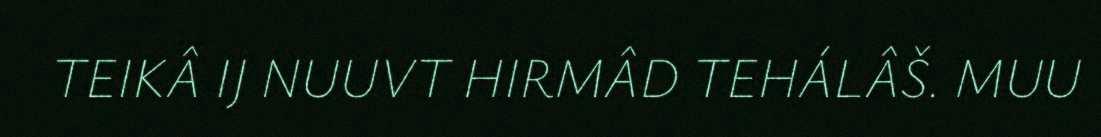
TEIKÂ IJ NUUVT HIRMÂD TEHÁLÂŠ. MUU